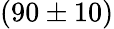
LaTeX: (90\pm 10)